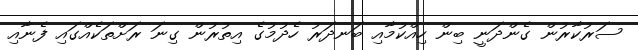
ސަރުކާރުން ގެންދަނީ ބިން ހިއްކުމާއި ބަނދަރު ހެދުމުގެ އިތުރުން ގިނަ ރަށްތަކެއްގައި ފެނާއި